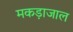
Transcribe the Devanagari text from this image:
मकड़ाजाल